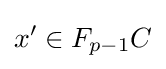
x'\in F_{p-1}C